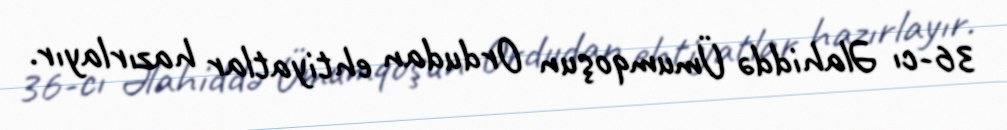
36-cı Əlahiddə Ümumqoşun Ordudan ehtiyatlar hazırlayır.